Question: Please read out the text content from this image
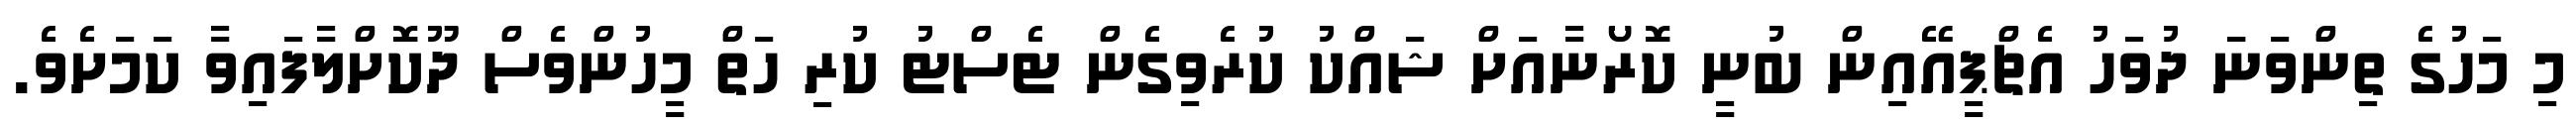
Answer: މި މަހުގެ ތިންވަނަަ ދުވަހު އެޗްޕީއޭއިން ބުނީ ކޮރޯނާއަށް ޝައްކު ކުރެވިގެން ޓެސްޓު ކުރި ހަތް މީހުންވެސް ދޫކޮށްލާފައިވާ ކަމަށެވެ.